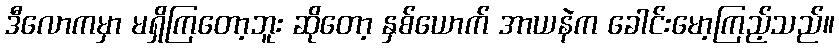
ဒီလောကမှာ မရှိကြတော့ဘူး ဆိုတော့ နှစ်ယောက် အာယနဲက ခေါင်းမော့ကြည့်သည်။